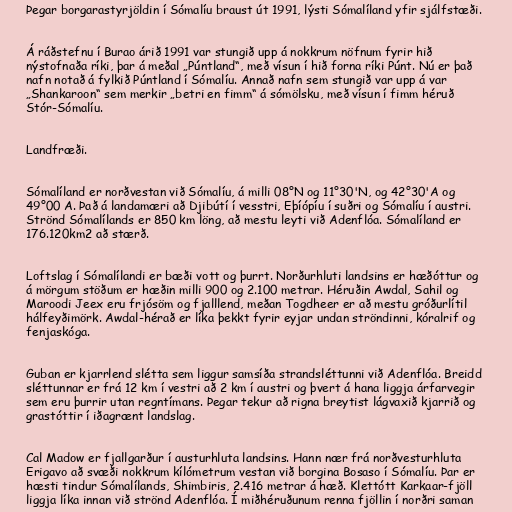
Þegar borgarastyrjöldin í Sómalíu braust út 1991, lýsti Sómalíland yfir sjálfstæði.

Á ráðstefnu í Burao árið 1991 var stungið upp á nokkrum nöfnum fyrir hið
nýstofnaða ríki, þar á meðal „Púntland“, með vísun í hið forna ríki Púnt. Nú er það
nafn notað á fylkið Púntland í Sómalíu. Annað nafn sem stungið var upp á var
„Shankaroon“ sem merkir „betri en fimm“ á sómölsku, með vísun í fimm héruð
Stór-Sómalíu.

Landfræði.

Sómalíland er norðvestan við Sómalíu, á milli 08°N og 11°30'N, og 42°30'A og
49°00 A. Það á landamæri að Djibútí í vesstri, Eþíópíu í suðri og Sómalíu í austri.
Strönd Sómalílands er 850 km löng, að mestu leyti við Adenflóa. Sómalíland er
176.120km2 að stærð.

Loftslag í Sómalílandi er bæði vott og þurrt. Norðurhluti landsins er hæðóttur og
á mörgum stöðum er hæðin milli 900 og 2.100 metrar. Héruðin Awdal, Sahil og
Maroodi Jeex eru frjósöm og fjalllend, meðan Togdheer er að mestu gróðurlítil
hálfeyðimörk. Awdal-hérað er líka þekkt fyrir eyjar undan ströndinni, kóralrif og
fenjaskóga.

Guban er kjarrlend slétta sem liggur samsíða strandsléttunni við Adenflóa. Breidd
sléttunnar er frá 12 km í vestri að 2 km í austri og þvert á hana liggja árfarvegir
sem eru þurrir utan regntímans. Þegar tekur að rigna breytist lágvaxið kjarrið og
grastóttir í iðagrænt landslag.

Cal Madow er fjallgarður í austurhluta landsins. Hann nær frá norðvesturhluta
Erigavo að svæði nokkrum kílómetrum vestan við borgina Bosaso í Sómalíu. Þar er
hæsti tindur Sómalílands, Shimbiris, 2.416 metrar á hæð. Klettótt Karkaar-fjöll
liggja líka innan við strönd Adenflóa. Í miðhéruðunum renna fjöllin í norðri saman